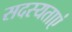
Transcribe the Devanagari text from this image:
सदस्यताएं